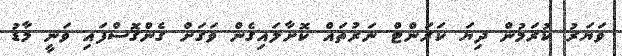
ވަޔަރު ކުރަމުން ދިޔަ ކަރަންޓް ނަރުތައް ކޮށާލައިގެން ވަގަށް ގެންގޮސްފައި ވަނީ މާޑު